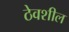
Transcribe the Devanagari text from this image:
ठेवशील